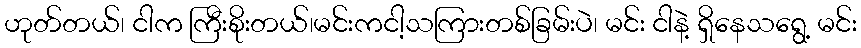
ဟုတ်တယ်၊ ငါက ကြီးစိုးတယ်၊မင်းကငါ့သကြားတစ်ခြမ်းပဲ၊ မင်း ငါနဲ့ ရှိနေသရွေ့ မင်း